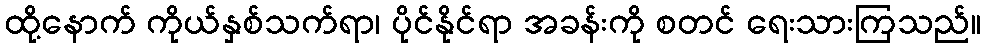
ထို့နောက် ကိုယ်နှစ်သက်ရာ၊ ပိုင်နိုင်ရာ အခန်းကို စတင် ရေးသားကြသည်။